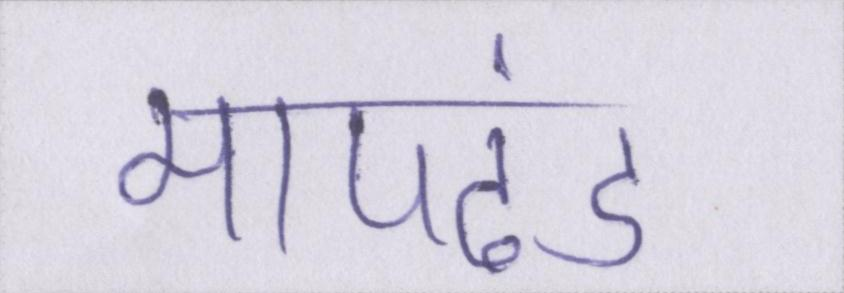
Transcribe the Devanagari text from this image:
मापदंड